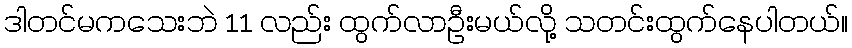
ဒါတင်မကသေးဘဲ 11 လည်း ထွက်လာဦးမယ်လို့ သတင်းထွက်နေပါတယ်။